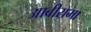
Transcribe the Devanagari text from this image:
आबीरामा